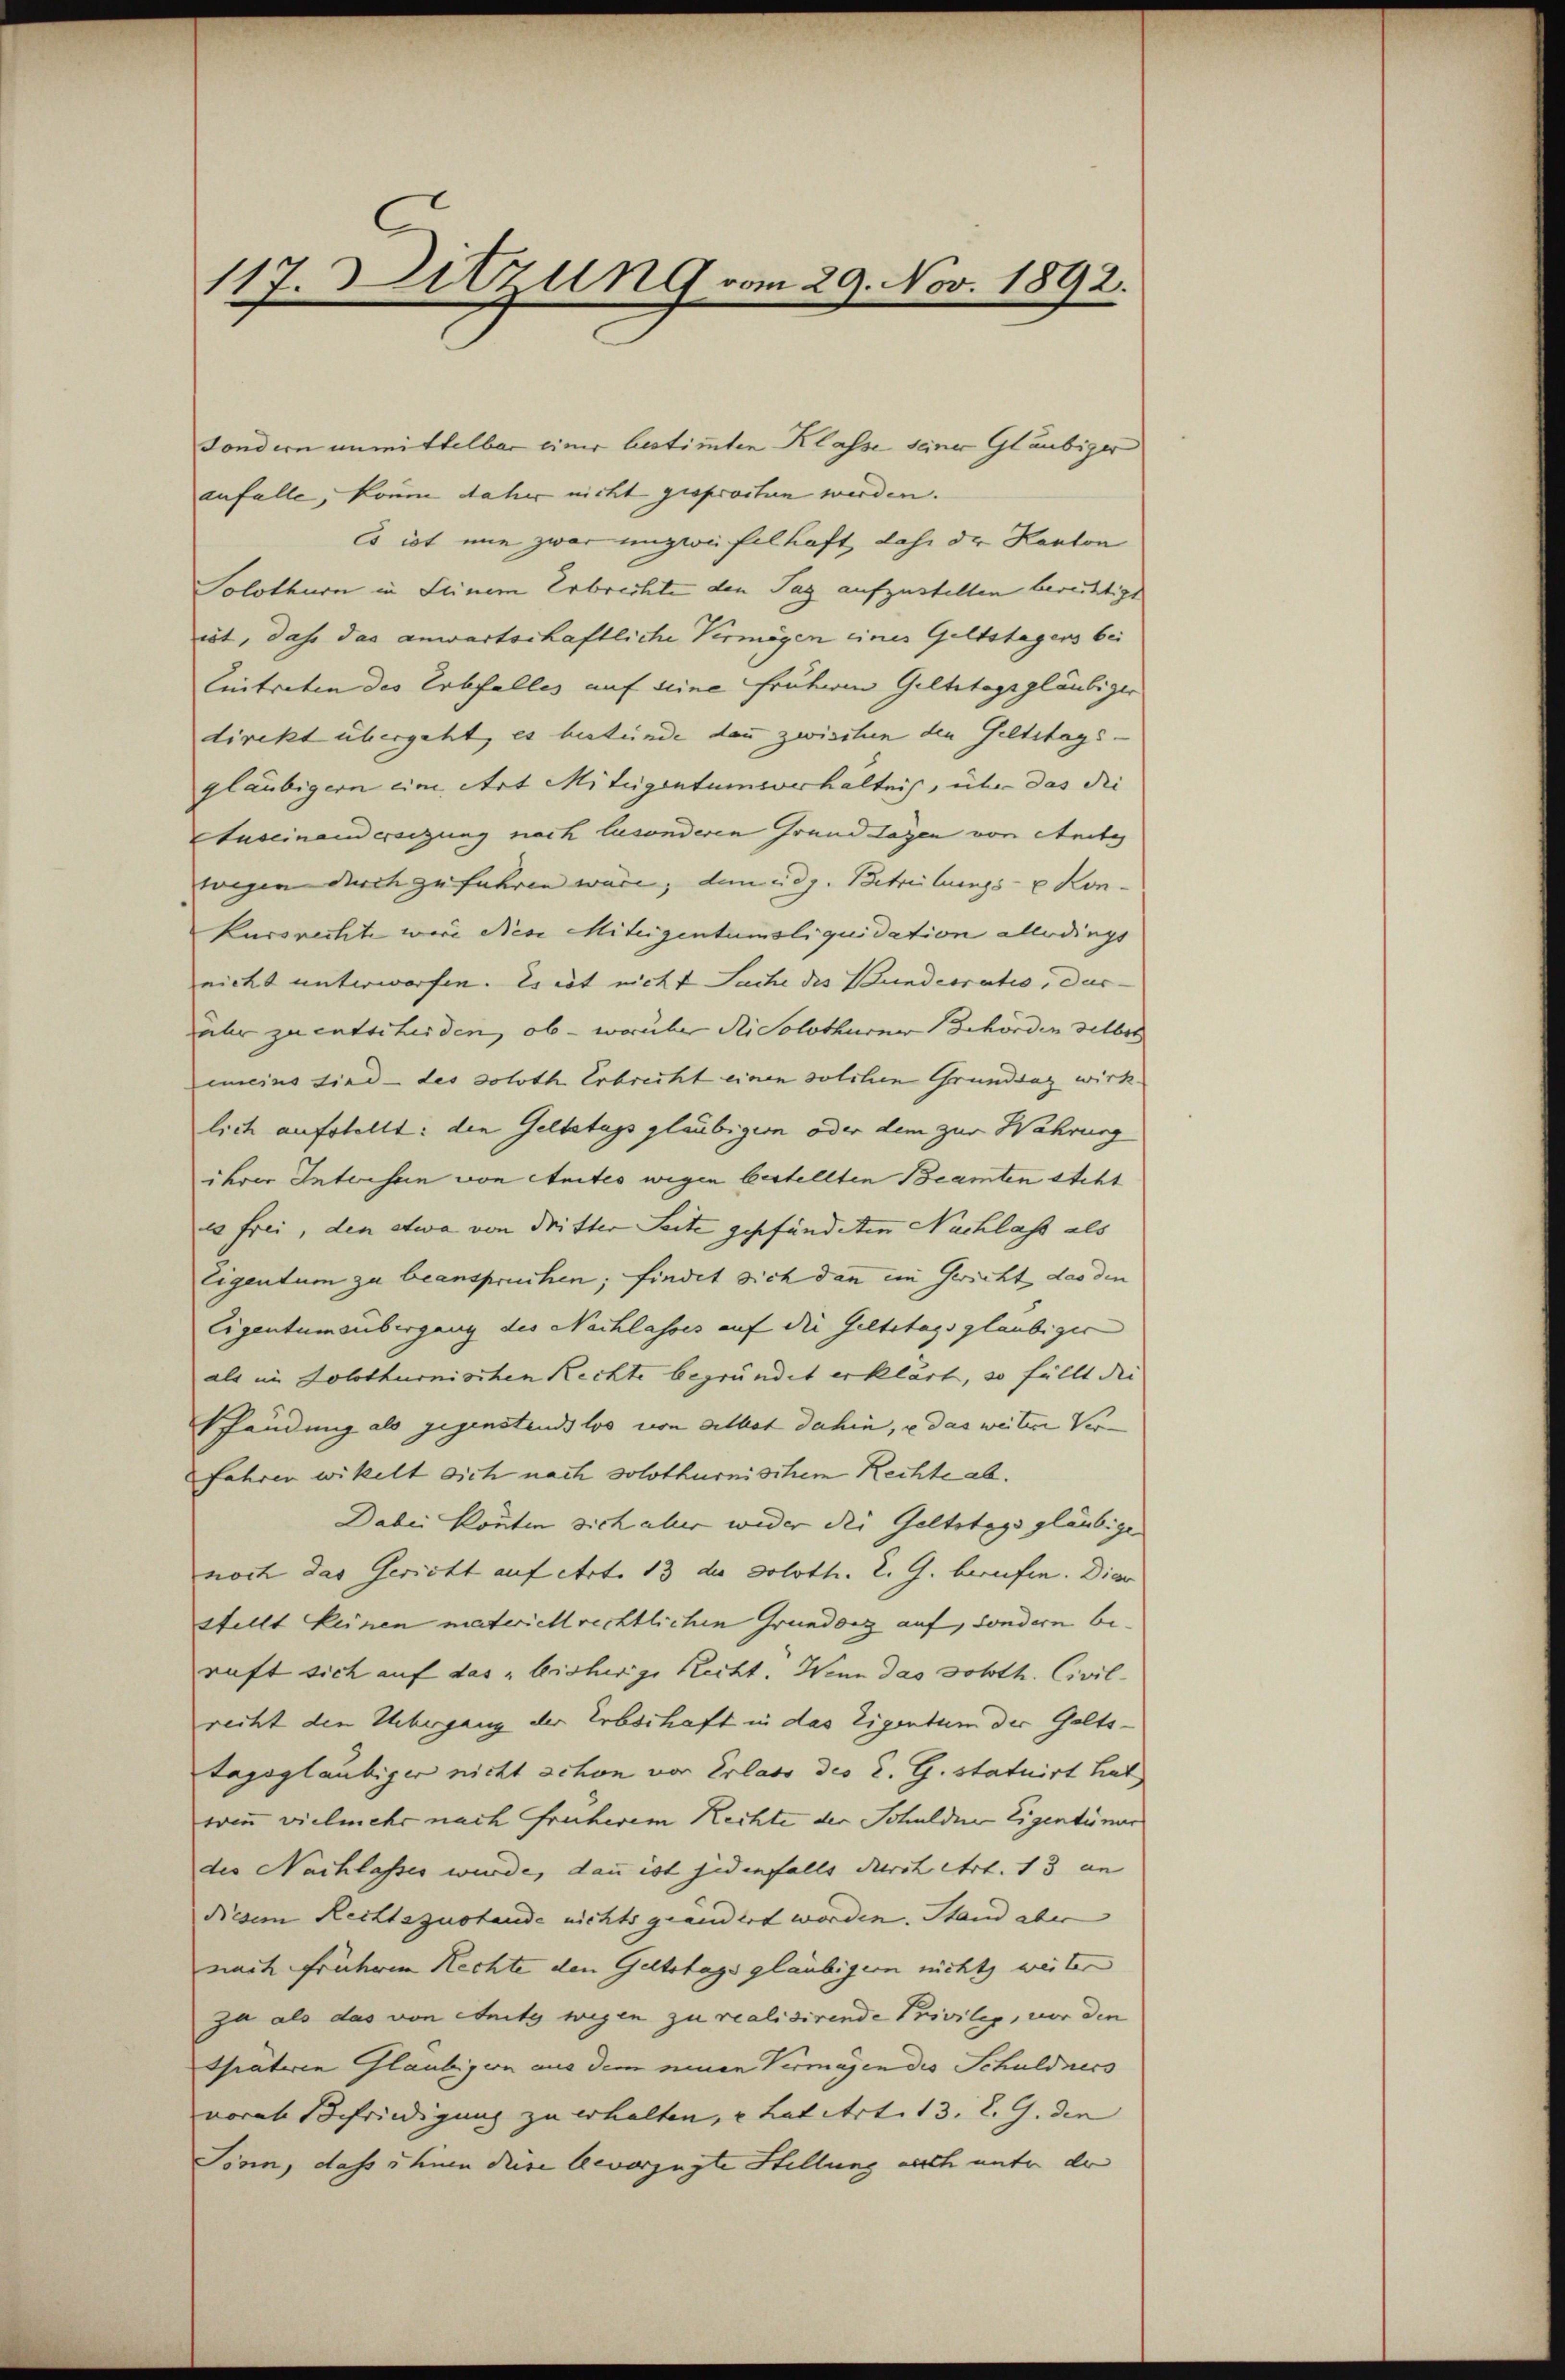
117 Sitzung vom 29. Nov. 1892.

sondern unmittelbar einer bestimmten Klasse seiner Gläubiger
anfalle, könne daher nicht gesprochen werden.
Es ist nie zwar unzweifelhaft, dahe der Kanton
Solothurn in Seinem Erbrechte den Tag aufzustellen berechtigt
iet, dass das anwartschaftliche Vermögen eines Geltstagens bei
Eintreten des Erbfalles auf seine früheren Geltstagsgläubiger
direkt übergeht, es bestünde dann zwischen den Geltstags-
gläubigern eine Art Miteigentumsverhältnis, über das di
tuseinand ersitzung nach besonderen Grund Lagen von Seite
wegen durch zufahren wäre, danidg. Betreibungs- u Kon
kursrechte wäre diese Miteigentumsliquidation allerdings
nicht unterworfen. Es ist nicht Sache des Bundesratio, dur
aber zu entscheiden, ob - worüber die Solothurner Behörden selber
emeins sind - des Soloth Erbrecht einen solchen Grundsaz wirk
lich aufstellt: den Geltstags gläubigern oder dem zur Wahrung
ihrer Intersen von Amtes wegen bestellten Beamten steht
es frei, den etwa von dritter Seite gepfändeten Nachlass als
Eigentum zu beanspruchen; findet sich dann ein Gericht das den
Eigentumsübergang des Nachlasses auf die Geltstags glaubiger
als im Solothurnischen Rechte begründet erklärt, so fällt die
Phändung als gegenstandslos von allet dahin, u das weitere Ver-
fahren wickelt sich nach solothurnischen Rechte ab.
Dabei Könnten sich aber wider die Geltstags gläubiger
noch das Gericht auf etct. 13 die Soloth. R. G. berufen. Dier
stellt keinen materiell rechtlichen Grunddrg auf, sondern beruft sich auf das „bisherige Recht. Wenn das Soloth. Civil-
recht den Uebergang der Erbschaft in das Eigentum der Galtstagsgläubiger nicht schon vor Erlass des R. G. statuirt hat
wen vielmehr nach früherem Rechte der Schulden Eigentümer
des Nachlasser wurde, dann ist jedenfalls durch Art. 13 an
diesem Rechtszustande nichts geändert worden. Stand aber
nach früherem Rechte den Geltstags gläubiger nicht weiten
ja als das von enitz wegen zu realisirende Privileg, vor den
Thäteren Glaubigern aus dem neuen Vermagen des Schuldners
vorab Befriedigung zu erhalten, u. Latirt. 13. d. G. den
Sönn, dass ihnen diese bevorzugte Stellung nach unter dr